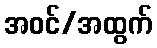
အဝင်/အထွက်